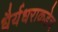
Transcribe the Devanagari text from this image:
धैर्यधराकडेच